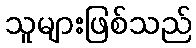
သူများဖြစ်သည်